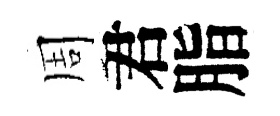
周君脂